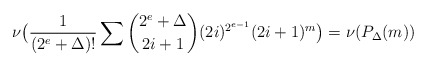
\begin{align*}\nu\bigl(\frac1{(2^e+\Delta)!}\sum\binom{2^e+\Delta}{2i+1}(2i)^{2^{e-1}}(2i+1)^m\bigr)=\nu(P_\Delta(m))\end{align*}